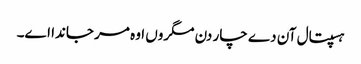
ہسپتال آن دے چار دن مگروں اوہ مر جاندا اے۔